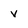
Character: V